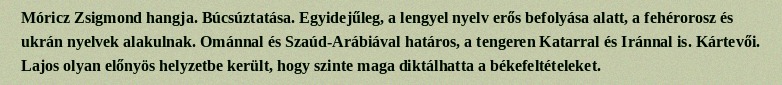
Móricz Zsigmond hangja. Búcsúztatása. Egyidejűleg, a lengyel nyelv erős befolyása alatt, a fehérorosz és ukrán nyelvek alakulnak. Ománnal és Szaúd-Arábiával határos, a tengeren Katarral és Iránnal is. Kártevői. Lajos olyan előnyös helyzetbe került, hogy szinte maga diktálhatta a békefeltételeket.